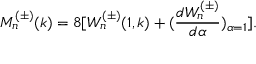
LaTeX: M _ { n } ^ { ( \pm ) } ( k ) = 8 [ W _ { n } ^ { ( \pm ) } ( 1 , k ) + ( \frac { d W _ { n } ^ { ( \pm ) } } { d \alpha } ) _ { \alpha = 1 } ] .